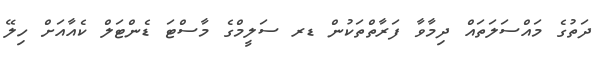
ދަތުގެ މައްސަލަތައް ދިމާވާ ފަރާތްތަކުން ޑރ ސަލީމްގެ މާސްޓަ ޑެންޓަލް ކެއާއަށް ހިލޭ